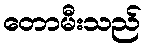
တောမီးသည်